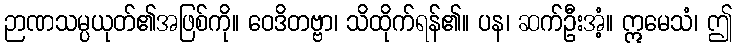
ဉာဏသမ္ပယုတ်၏အဖြစ်ကို။ ဝေဒိတဗ္ဗာ၊ သိထိုက်ရန်၏။ ပန၊ ဆက်ဦးအံ့။ ဣမေသံ၊ ဤ